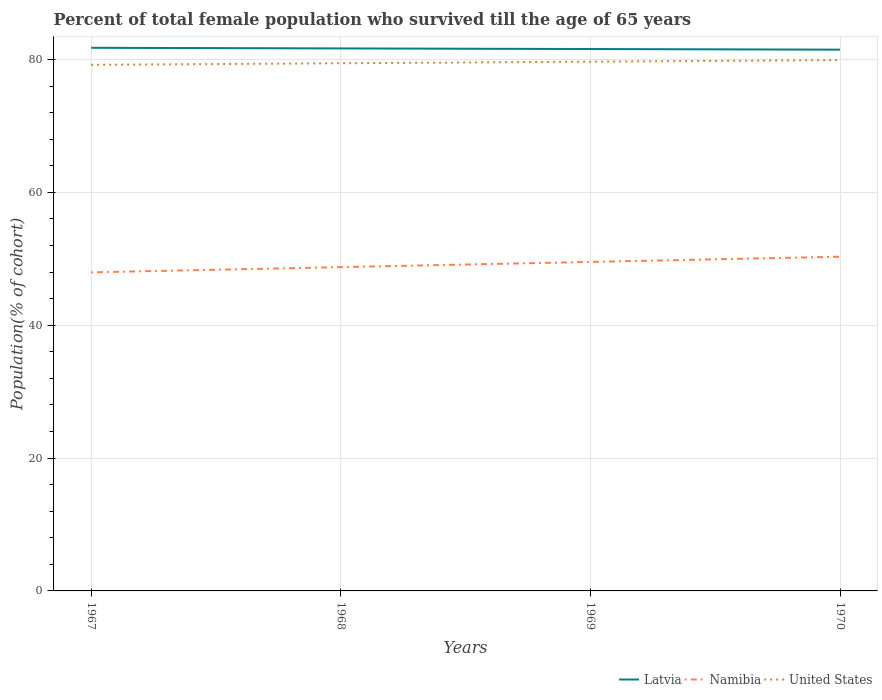
| Years | Latvia | Namibia | United States |
 | --- | --- | --- | --- |
 | 1967 | 81.8 | 48 | 79.2 |
 | 1968 | 81.7 | 48.7 | 79.4 |
 | 1969 | 81.6 | 49.5 | 79.7 |
 | 1970 | 81.5 | 50.3 | 79.9 |